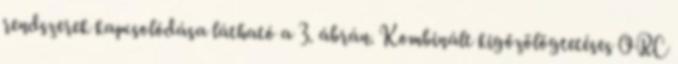
rendszerek kapcsolódása látható a 3. ábrán. Kombinált kigőzölögtetéses ORC